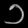
Digit: ၁